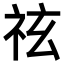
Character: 𥙆